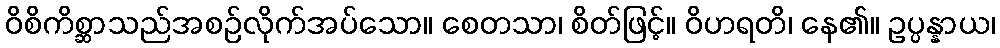
ဝိစိကိစ္ဆာသည်အစဉ်လိုက်အပ်သော။ စေတသာ၊ စိတ်ဖြင့်။ ဝိဟရတိ၊ နေ၏။ ဥပ္ပန္နာယ၊